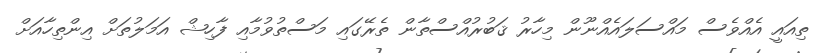
ތިއައީ އެއްވެސް މައްސަލައެއްނޫން މިހާރު ޤަބުރުއްސްތާން ތެރޭގައި މަސްތުވުމާއި ފާހިޝް އަމަލުތަށް އިންތިހާއަށް